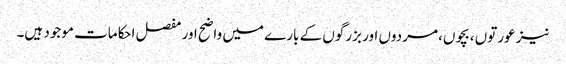
نیز عورتوں ،بچوں، مردوں اور بزرگوں کے بارے میں واضح اور مفصل احکامات موجود ہیں۔